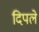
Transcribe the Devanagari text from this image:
दिपले